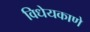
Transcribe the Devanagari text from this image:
विधेयकाणे